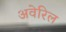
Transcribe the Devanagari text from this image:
अवेरिल